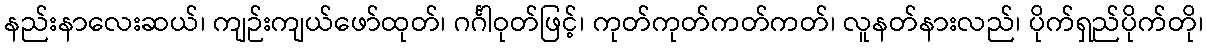
နည်းနာလေးဆယ်၊ ကျဉ်းကျယ်ဖော်ထုတ်၊ ဂင်္ဂါဝုတ်ဖြင့်၊ ကုတ်ကုတ်ကတ်ကတ်၊ လူနတ်နားလည်၊ ပိုက်ရှည်ပိုက်တို၊